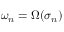
\omega _ { n } = \Omega ( \sigma _ { n } )